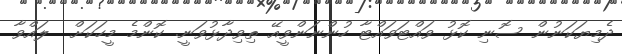
ދެމިޔަކަނުން ސޮނި ކޮޅު ވައްޓަވައްޓާ ހުންނަންވީއޭ ތިވިދާޅުވަނީ. ކޮންމެ މީހަކަށް  ލައްވާ